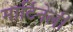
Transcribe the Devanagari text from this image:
मार्टिनेली